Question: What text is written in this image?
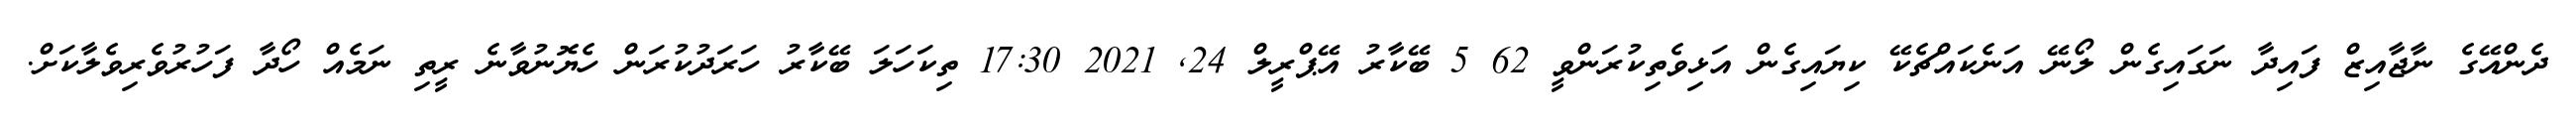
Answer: ދެންއޭގެ ނާޖާއިޒް ފައިދާ ނަގައިގެން ލޯނޭ އަނެކައްޗެކޭ ކިޔައިގެން އަޅިވެތިކުރަންވީ 62 5 ބޭކާރު އޭޕްރީލް 24, 2021 17:30 ތިކަހަލަ ބޭކާރު ހަރަދުކުރަން ހެޔޮނުވާނެ ރީތި ނަމެއް ހޯދާ ފަހުރުވެރިވެލާކަށް.